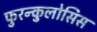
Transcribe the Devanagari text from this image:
फुरन्कुलोसिस